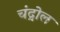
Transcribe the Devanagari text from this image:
चंद्रोल